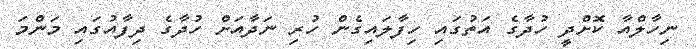
ނިހާލްއާ ކޮށްދީ ހުދާގެ އަތުގައި ހިފާލައިގެން ހުރި ނަދާއަށް ހުދާގެ ދިފާއުގައި މަންމަ